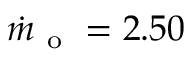
\dot { m } _ { \mathrm { ~ o ~ } } = 2 . 5 0